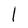
Character: l